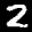
Label: 2